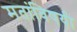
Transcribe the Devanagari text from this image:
मतांविषयी